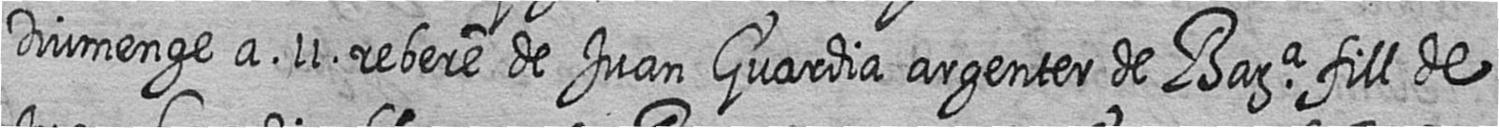
Diumenge a 11 rebere de Juan Guardia argenter de Bara fill de